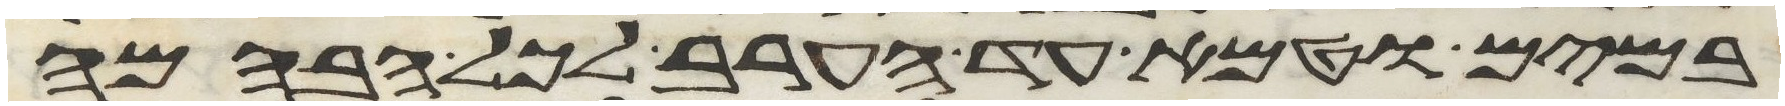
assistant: במים וטמא עד הערב לכל הבהמה